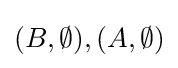
(B,\emptyset ),(A,\emptyset )